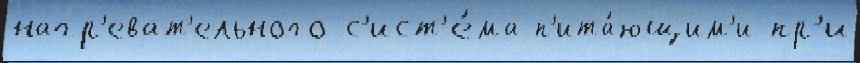
нагр'еват'ельного с'ист'е́ма п'ита́ющим'и пр'и